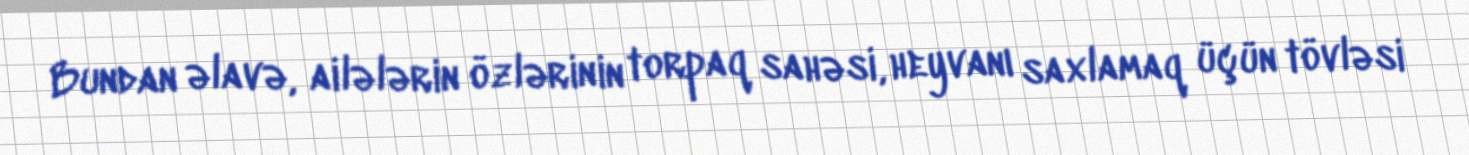
Bundan əlavə, ailələrin özlərinin torpaq sahəsi, heyvanı saxlamaq üçün tövləsi